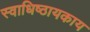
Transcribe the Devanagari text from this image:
स्वाधिष्ठायकाय